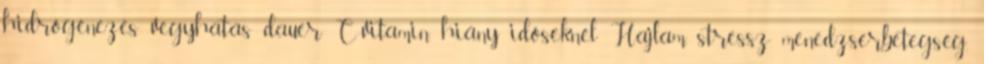
hidrogénezés vegyhatás dauer C-vitamin hiány időseknél Hajlam, stressz menedzserbetegség,